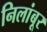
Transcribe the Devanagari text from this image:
निलांबूर